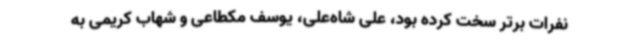
نفرات برتر سخت کرده بود، علی شاه‌علی، یوسف مکطاعی و شهاب کریمی به